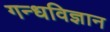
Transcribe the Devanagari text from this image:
गन्धविज्ञान